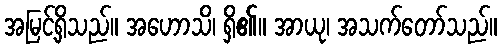
အမြင့်ရှိသည်။ အဟောသိ၊ ရှိ၏။ အာယု၊ အသက်တော်သည်။